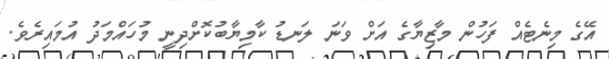
އޭގެ މިނެޓެއް ފަހުން މާޒިޔާގެ އަށް ވަނަ ލަނޑު ކާމިޔާބުކޮށްދިނީ މުހައްމަދު އުމައިރެވެ.